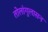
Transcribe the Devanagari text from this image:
तोलांगुलासन